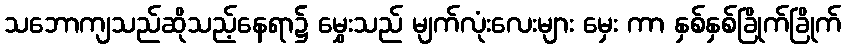
သဘောကျသည်ဆိုသည့်နေရာ၌ မွှေးသည် မျက်လုံးလေးများ မှေး ကာ နှစ်နှစ်ခြိုက်ခြိုက်